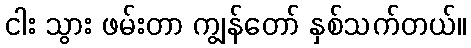
ငါး သွား ဖမ်းတာ ကျွန်တော် နှစ်သက်တယ်။